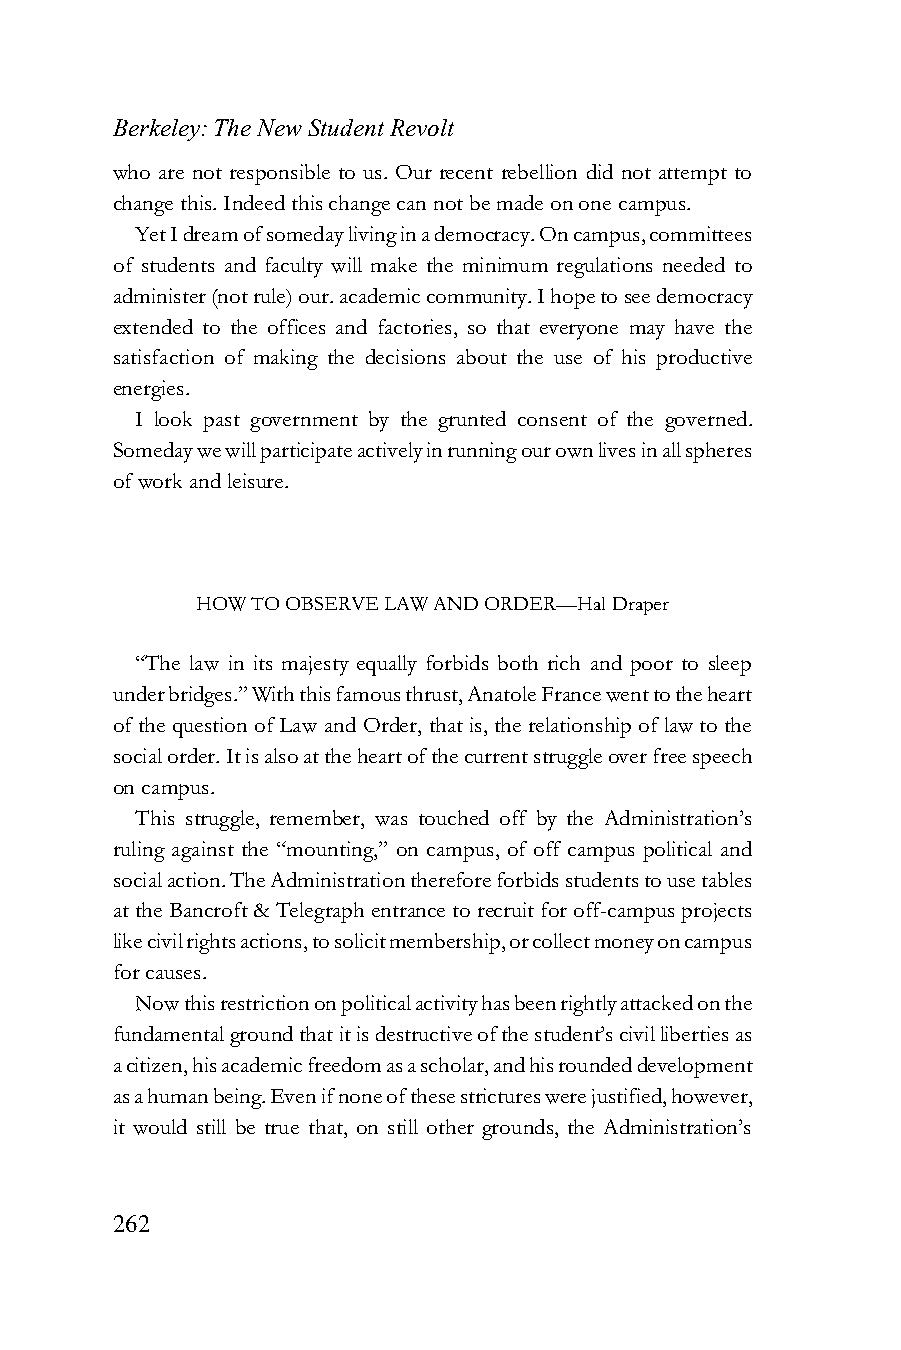
Berkeley: The New Student Revolt
 who are not responsible to us. Our recent rebellion did not attempt to
 change this. Indeed this change can not be made on one campus.
 Yet I dream of someday living in a democracy. On campus, committees
 of students and faculty will make the minimum regulations needed to
 administer (not rule) our. academic community. I hope to see democracy
 extended to the offices and factories, so that everyone may have the
 satisfaction of making the decisions about the use of his productive
 energies.
 I look past government by the grunted consent of the governed.
 Someday we will participate actively in running our own lives in all spheres
 of work and leisure.
 HOW TO OBSERVE LAW AND ORDER—Hal Draper
 “The law in its majesty equally forbids both rich and poor to sleep
 under bridges.” With this famous thrust, Anatole France went to the heart
 of the question of Law and Order, that is, the relationship of law to the
 social order. It is also at the heart of the current struggle over free speech
 on campus.
 This struggle, remember, was touched off by the Administration’s
 ruling against the “mounting,” on campus, of off campus political and
 social action. The Administration therefore forbids students to use tables
 at the Bancroft & Telegraph entrance to recruit for off-campus projects
 like civil rights actions, to solicit membership, or collect money on campus
 for causes.
 Now this restriction on political activity has been rightly attacked on the
 fundamental ground that it is destructive of the student’s civil liberties as
 a citizen, his academic freedom as a scholar, and his rounded development
 as a human being. Even if none of these strictures were justified, however,
 it would still be true that, on still other grounds, the Administration’s
 262